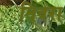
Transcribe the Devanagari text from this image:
तिवरा